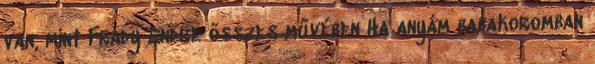
van, mint Frady Endre összes művében Ha anyám babakoromban